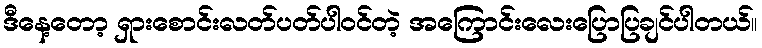
ဒီနေ့တော့ ရှားစောင်းလတ်ပတ်ပါဝင်တဲ့ အကြောင်းလေးပြောပြချင်ပါတယ်။